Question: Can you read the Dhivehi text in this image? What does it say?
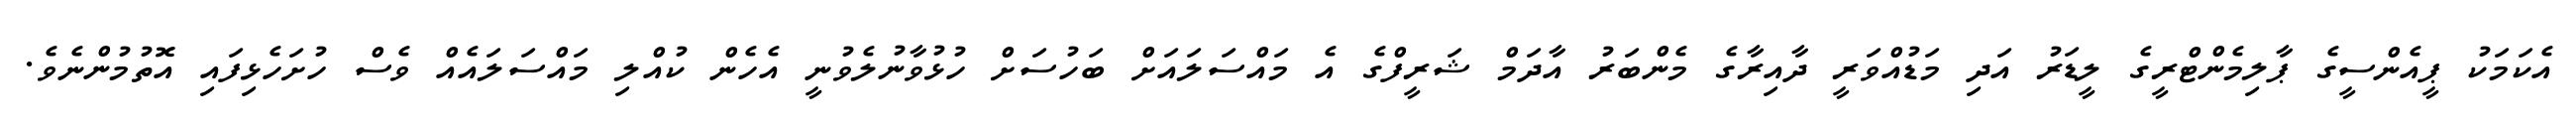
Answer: އެކަމަކު ޕީއެންސީގެ ޕާލިމެންޓްރީގެ ލީޑަރު އަދި މަޑުއްވަރީ ދާއިރާގެ މެންބަރު އާދަމް ޝަރީފްގެ އެ މައްސަލައަށް ބަހުސަށް ހުޅުވާނުލެވުނީ އެހެން ކުއްލި މައްސަލައެއް ވެސް ހުށަހެޅިފައި އޮތުމުންނެވެ.